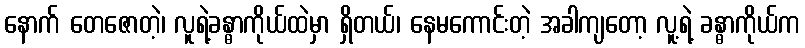
နောက် တေဇောတဲ့၊ လူရဲ့ခန္ဓာကိုယ်ထဲမှာ ရှိတယ်၊ နေမကောင်းတဲ့ အခါကျတော့ လူ့ရဲ့ ခန္ဓာကိုယ်က